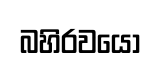
බහිරවයෝ